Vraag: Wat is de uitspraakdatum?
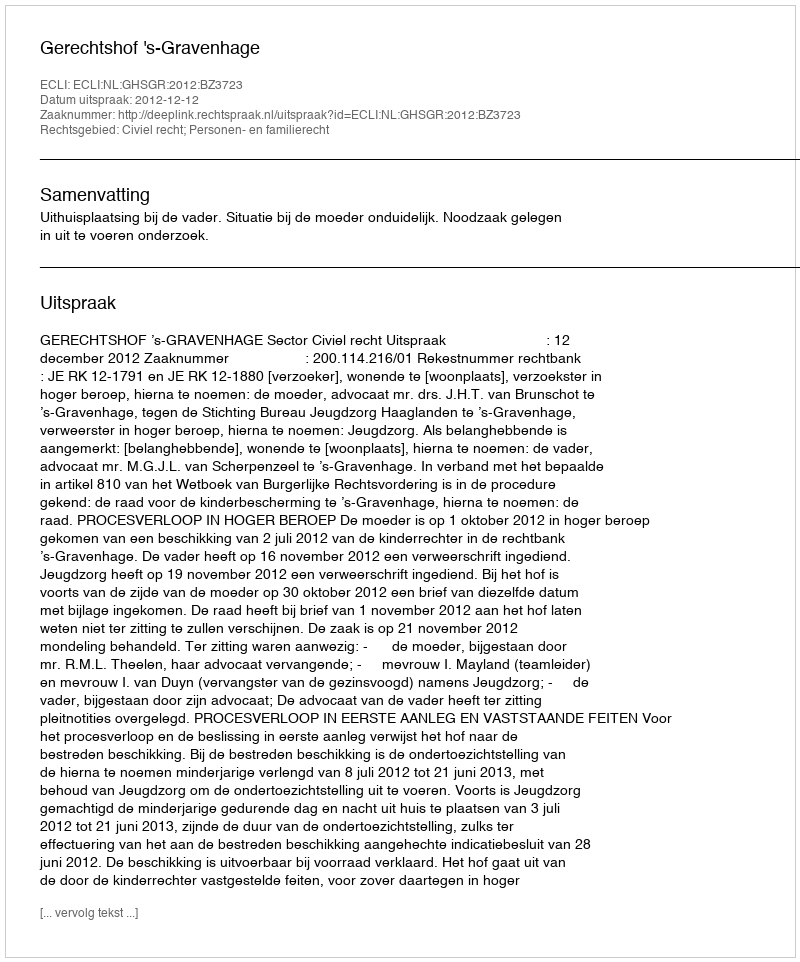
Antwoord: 2012-12-12